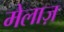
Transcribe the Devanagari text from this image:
मेलाज़